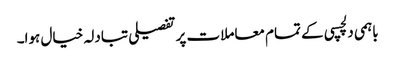
باہمی دلچسپی کے تمام معاملات پر تفصیلی تبادلہ خیال ہوا۔